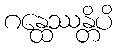
ဂန္ထေဿန္တိပိ